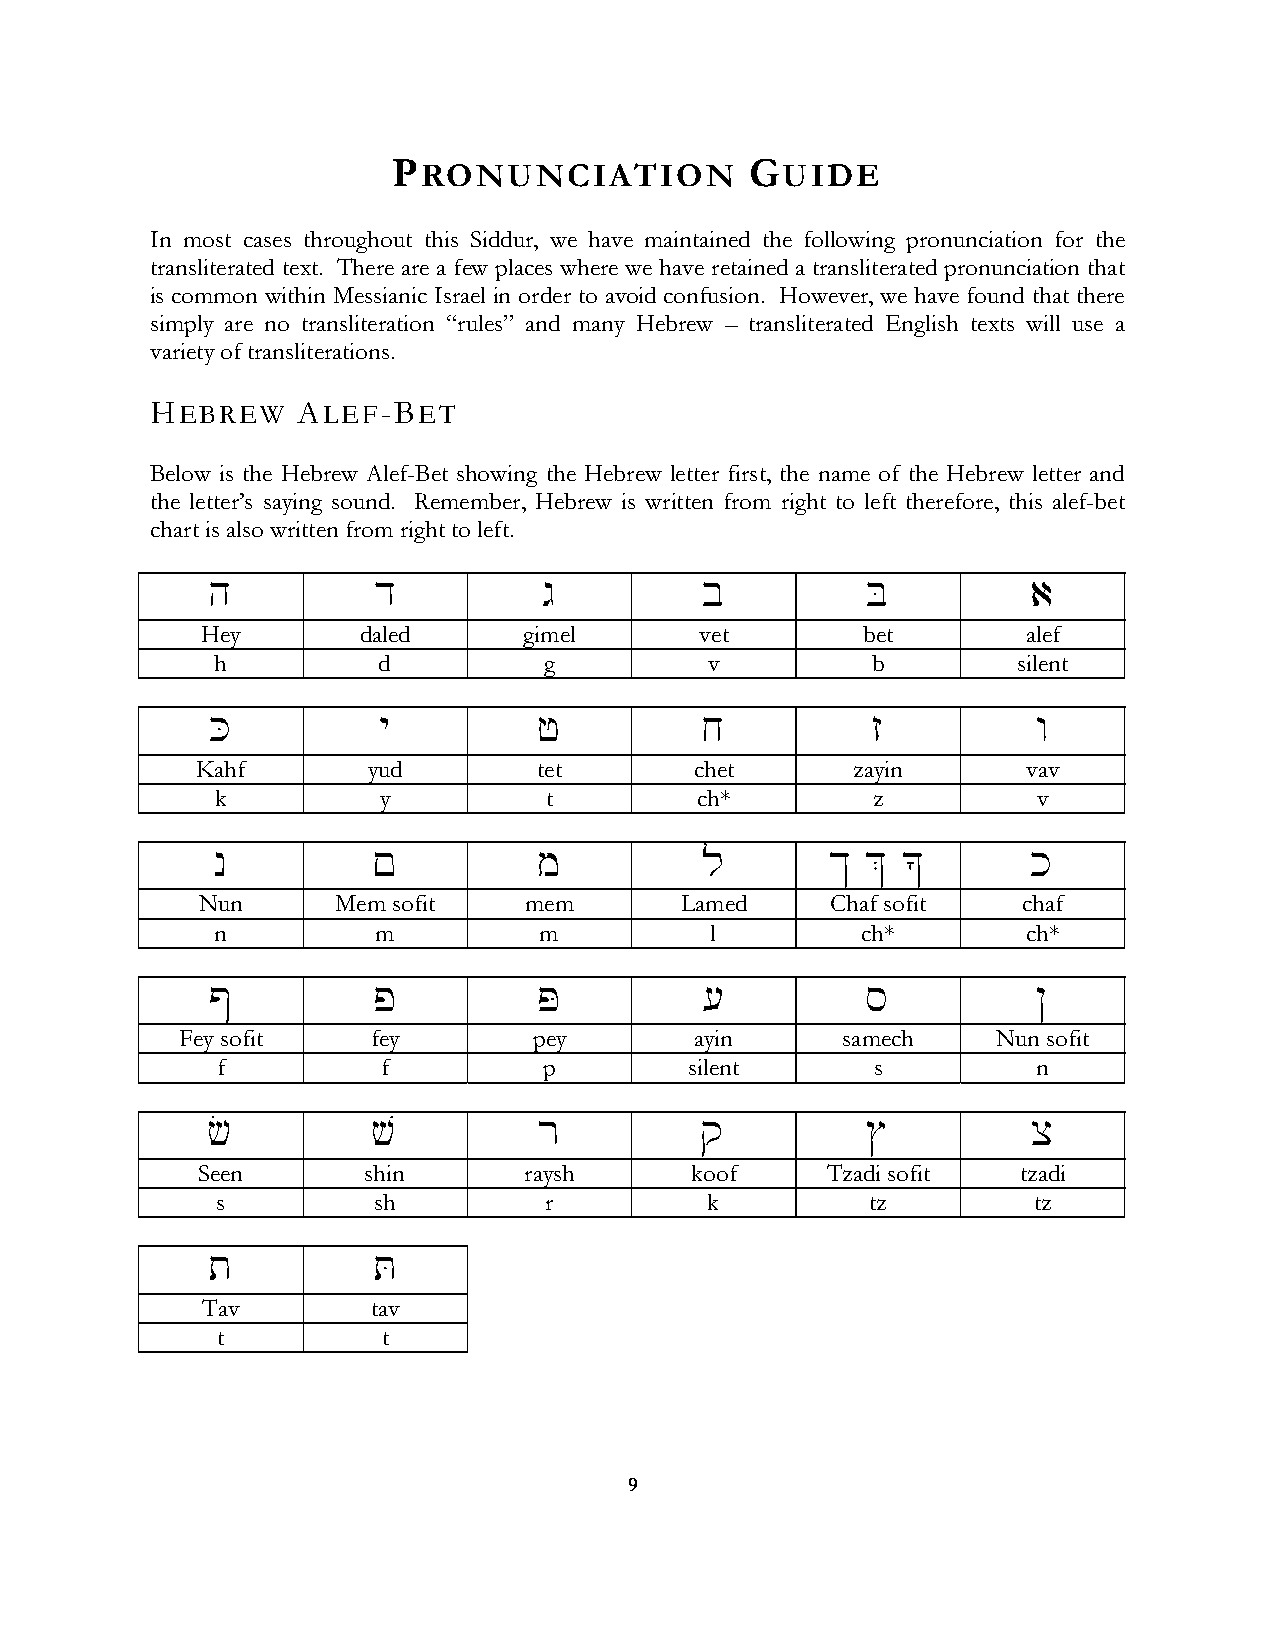
PRONUNCIATION           GUIDE
 In most cases throughout this Siddur, we have maintained the following pronunciation for the
 transliterated text. There are a few places where we have retained a transliterated pronunciation that
 is common within Messianic Israel in order to avoid confusion. However, we have found that there
 simply are no transliteration “rules” and many Hebrew – transliterated English texts will use a
 variety of transliterations.
 HEBREW    ALEF-BET
 Below is the Hebrew Alef-Bet showing the Hebrew letter first, the name of the Hebrew letter and
 the letter’s saying sound. Remember, Hebrew is written from right to left therefore, this alef-bet
 chart is also written from right to left.
 h          d          g          b         B          a
 Hey        daled      gimel      vet        bet        alef
 h          d          g          v          b        silent
 K          y          f          j          z          w
 Kahf       yud         tet       chet       zayin      vav
 k          y          t         ch*         z          v
 n          !          m          l       ^ &  *       k
 Nun      Mem sofit    mem       Lamed     Chaf sofit   chaf
 n          m          m          l         ch*        ch*
 #          p          P          [         s           @
 Fey sofit    fey       pey        ayin      samech    Nun sofit
 f          f          p         silent      s          n
 c          v          r         q          $          x
 Seen       shin       raysh      koof     Tzadi sofit  tzadi
 s          sh         r          k          tz        tz
 t          T
 Tav         tav
 t          t
 9